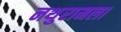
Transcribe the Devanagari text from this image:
नथुरामला